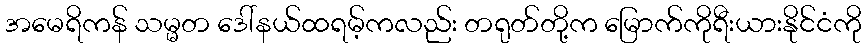
အမေရိကန် သမ္မတ ဒေါ်နယ်ထရမ့်ကလည်း တရုတ်တို့က မြောက်ကိုရီးယားနိုင်ငံကို